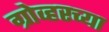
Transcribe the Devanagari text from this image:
ग्रोव्हरच्या